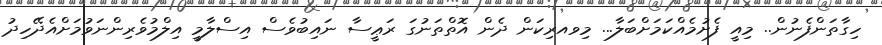
ހިގާތަންފެނުން.. މިއީ ފެށުމެއްކަމަށްބަލާ... މިވއރިކަން ދެން އޮތްތަނުގަ ރަޢީސާ ނައިބުވެސް އިސްލާމީ އިލްމުވެރިންނަވުމަށްއެދޭހިދު